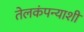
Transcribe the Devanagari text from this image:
तेलकंपन्याशी